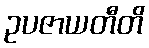
ဥပဇာယတီတိ